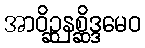
အာဝိဉ္ဆနစ္ဆိဒ္ဒမေဝ